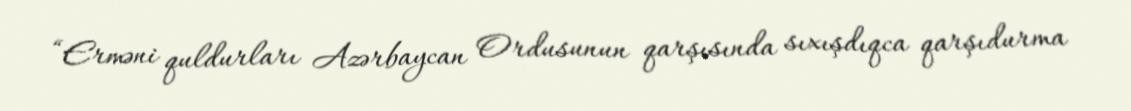
“Erməni quldurları Azərbaycan Ordusunun qarşısında sıxışdıqca qarşıdurma